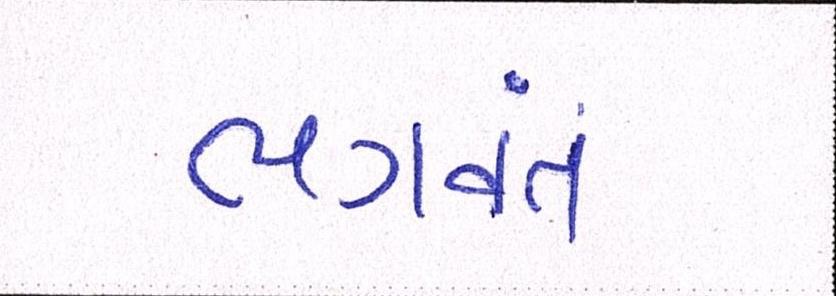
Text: ભગવતં